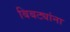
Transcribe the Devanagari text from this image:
बिबट्यांना